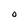
Character: O